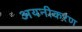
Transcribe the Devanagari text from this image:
अयनीकरण